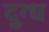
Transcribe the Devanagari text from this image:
दुग्‍ध